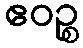
ဧဝဉ္စ